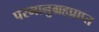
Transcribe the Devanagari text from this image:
परमानुग्रहप्राप्त